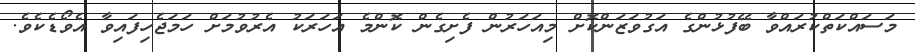
މަސައްކަތްކުރައްވާ ބޭފުޅުންގެ އަގުވަޒަންކޮށް މިއަހަރުން ފެށިގެން ކޮންމެ އަހަރަކު އެރުވުމަށް ހަމަޖެހިފައިވާ އެވޯޑެކެވެ.